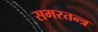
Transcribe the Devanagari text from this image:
समरतन्त्र